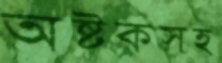
অষ্টকসহ